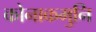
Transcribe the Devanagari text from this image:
कोनाकमुनि